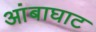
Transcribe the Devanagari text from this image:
आंबाघाट